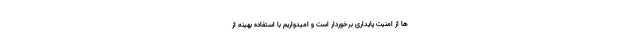
ها از امنیت پایداری برخوردار است و امیدواریم با استفاده بهینه از